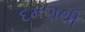
દમણથી